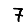
Digit: 7